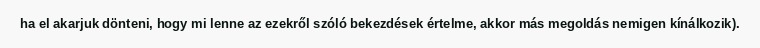
ha el akarjuk dönteni, hogy mi lenne az ezekről szóló bekezdések értelme, akkor más megoldás nemigen kínálkozik).